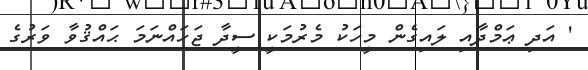
' އަދި ޢަމްދާއި ލައިގެން މީހަކު މެރުމަކީ ސީދާ ޖަހައްނަމަ ޙައްޤުވާ ވަރުގެ